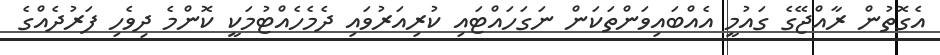
އެގޮތުން ރާއްޖޭގެ ގައުމީ އެއްބައިވަންތަކަން ނަގަހައްޓައި ކުރިއަރުވައި ދެމެހެއްޓުމަކީ ކޮންމެ ދިވެހި ފަރުދެއްގެ